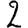
Digit: 2